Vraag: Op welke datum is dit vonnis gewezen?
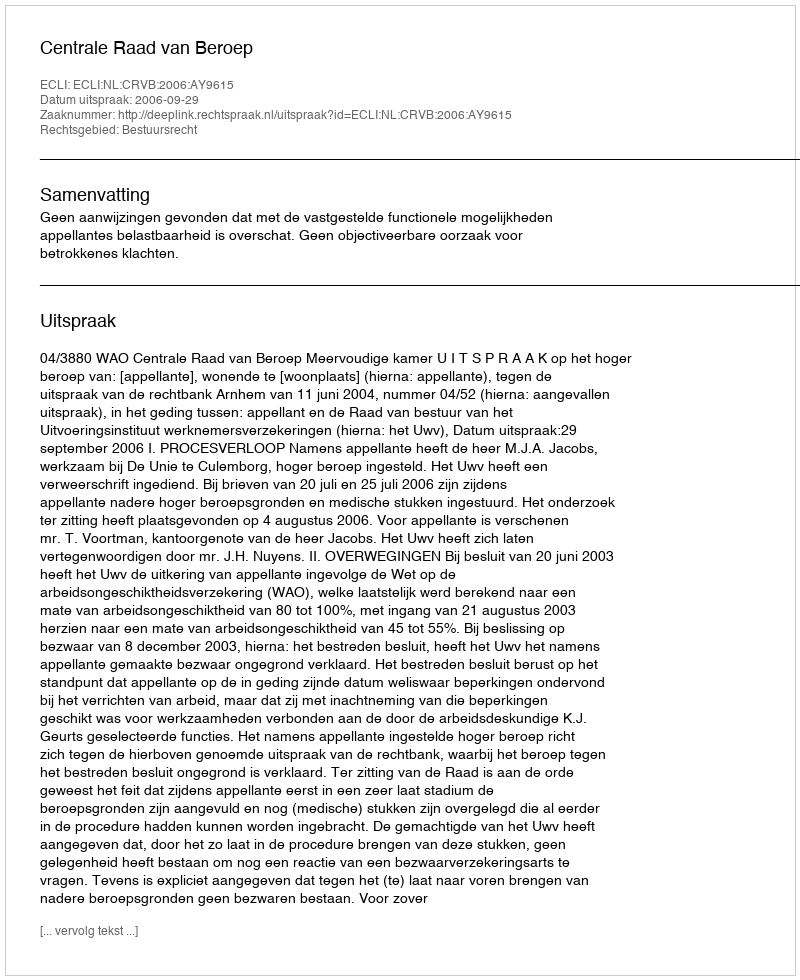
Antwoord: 2006-09-29